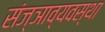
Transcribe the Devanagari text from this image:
संज्ञाव्यवस्था